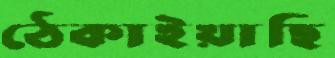
ঠেকাইয়াছি